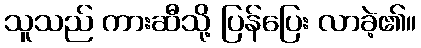
သူသည် ကားဆီသို့ ပြန်ပြေး လာခဲ့၏။